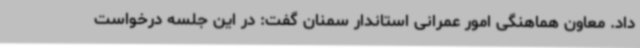
داد. معاون هماهنگی امور عمرانی استاندار سمنان گفت: در این جلسه درخواست